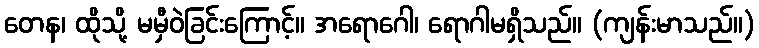
တေန၊ ထိုသို့ မမှီဝဲခြင်းကြောင့်။ အရောဂေါ၊ ရောဂါမရှိသည်။ (ကျန်းမာသည်။)